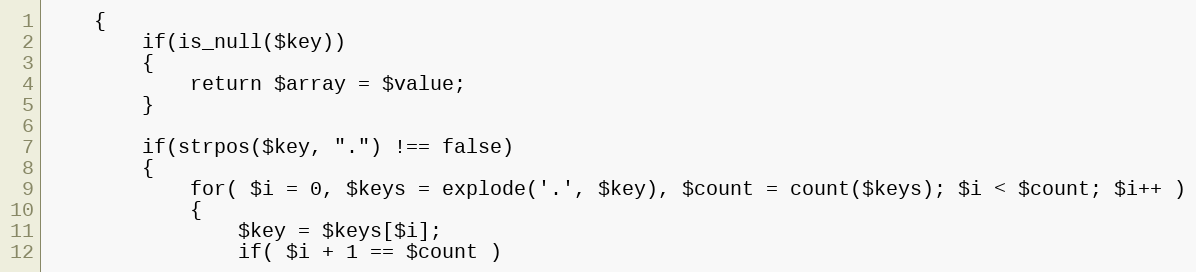
Language: PHP
	{
		if(is_null($key))
		{
			return $array = $value;
		}

		if(strpos($key, ".") !== false)
		{
			for( $i = 0, $keys = explode('.', $key), $count = count($keys); $i < $count; $i++ )
			{
				$key = $keys[$i];
				if( $i + 1 == $count )